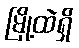
မြို့ထဲရှိ